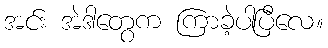
အင်း အဲဒါတွေက ကြာခဲ့ပါပြီလေ။